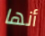
أنها